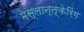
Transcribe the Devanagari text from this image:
मेस्लान्त्केरिंग